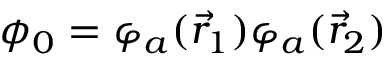
\phi _ { 0 } = \varphi _ { a } ( { \vec { r } } _ { 1 } ) \varphi _ { a } ( { \vec { r } } _ { 2 } )